Bombay plague: being a history of the progress of plague in the Bombay presidency from September 1896 to June 1899
Year: 1896
Disease focus: Plague
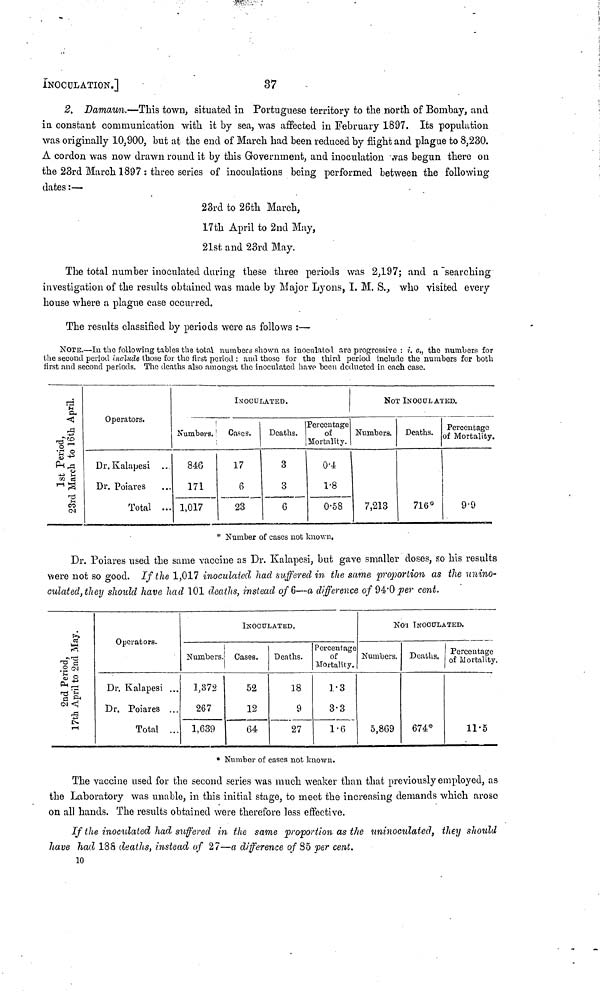
INOCULATION.]
37
2. Damaun.—This town, situated in Portuguese territory to the north of Bombay, and
in constant communication with it by sea, was affected in February 1897. Its population
was originally 10,900, but at the end of March had been reduced by flight and plague to 8,230.
Λ cordon was now drawn round it by this Government, and inoculation was begun there on
the 23rd March 1897 : three series of inoculations being performed between the following-
dates :—
23rd to 26th March,
17th April to 2nd May,
21st and 23rd May.
The total number inoculated during these three periods was 2,197; and a "searching
investigation of the results obtained was made by Major Lyons, I. M. S., who visited every
house where a plague case occurred.
The results classified by periods were as follows :—
NOTE.—In the following tables the total numbers shown as inoculated arc progressive : i. e., the numbers for
the second period include those for the first period : and those for the third period include the numbers for both
first and second periods. The deaths also amongst the inoculated have been deducted in each case.
1st Period,
23rd March to 16th April.
Operators.
Dr. Kalapesi
Dr. Poiares
Total ...
Numbers.
846
171
1,017
INOCULATED.
Cases.
17
6
23
Deaths.
3
3
6
Percentage
of
Mortality.
0.4
1.8
0.58
NOT INOCULATED.
Numbers.
7,213
Deaths.
716"
Percentage
of Mortality.
9.9
* Number of cases not known.
Dr. Poiares used the same vaccine as Dr. Kalapesi, but gave smaller doses, so his results
were not so good. If the 1,017 inoculated had suffered in the same proportion as the unino-
culatedjthey should have had 101 deaths, instead of 6—a difference of 94.0 per cent.
2nd Period,
17th April to 2nd May.
Operators.
Dr. Kalapesi ...
Dr. Poiares ...
Total ...
Numbers.
1,372
267
1,639
INOCULATED.
Cases.
52
12
64
Deaths.
18
9
27
Percentage
of
Mortality.
1.3
3.3
1.6
NOT INOCULATED.
Numbers.
5,869
Deaths.
674*
Percentage
of Mortality.
11.5
* Number of cases not known.
The vaccine used for the second series was much weaker than that previously employed, as
the Laboratory was unable, in this initial stage, to meet the increasing demands which arose
on all hands. The results obtained were therefore less effective.
If the inoculated had suffered in the same proportion as the uninoculated, they should
have had 188 deaths, instead of 27—a difference of 85 per cent.
10